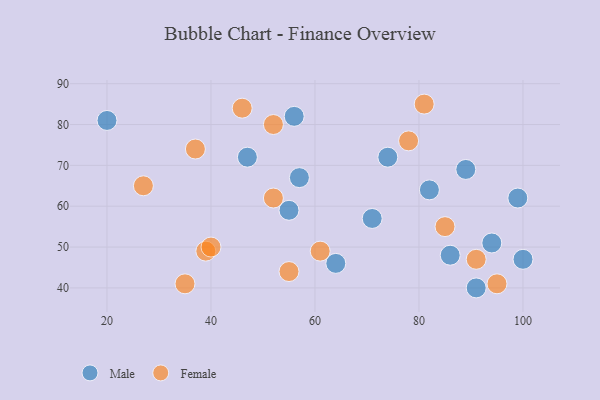
{"axis": {"x": "GDP", "y": "Life Expectancy"}, "legend": ["Female", "Male"], "data": [{"x": "64", "y": 46, "type": "Male"}, {"x": "94", "y": 51, "type": "Male"}, {"x": "47", "y": 72, "type": "Male"}, {"x": "55", "y": 59, "type": "Male"}, {"x": "82", "y": 64, "type": "Male"}, {"x": "74", "y": 72, "type": "Male"}, {"x": "71", "y": 57, "type": "Male"}, {"x": "57", "y": 67, "type": "Male"}, {"x": "89", "y": 69, "type": "Male"}, {"x": "56", "y": 82, "type": "Male"}, {"x": "20", "y": 81, "type": "Male"}, {"x": "99", "y": 62, "type": "Male"}, {"x": "100", "y": 47, "type": "Male"}, {"x": "91", "y": 40, "type": "Male"}, {"x": "86", "y": 48, "type": "Male"}, {"x": "78", "y": 76, "type": "Female"}, {"x": "85", "y": 55, "type": "Female"}, {"x": "27", "y": 65, "type": "Female"}, {"x": "52", "y": 62, "type": "Female"}, {"x": "35", "y": 41, "type": "Female"}, {"x": "81", "y": 85, "type": "Female"}, {"x": "52", "y": 80, "type": "Female"}, {"x": "61", "y": 49, "type": "Female"}, {"x": "37", "y": 74, "type": "Female"}, {"x": "95", "y": 41, "type": "Female"}, {"x": "46", "y": 84, "type": "Female"}, {"x": "39", "y": 49, "type": "Female"}, {"x": "55", "y": 44, "type": "Female"}, {"x": "91", "y": 47, "type": "Female"}, {"x": "40", "y": 50, "type": "Female"}]}